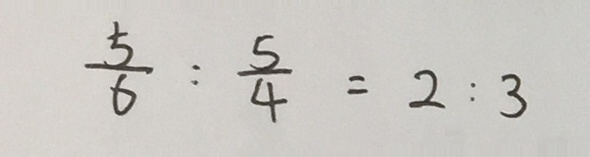
\frac { 5 } { 6 } : \frac { 5 } { 4 } = 2 : 3